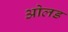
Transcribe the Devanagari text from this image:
ओलड